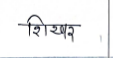
मजकूर: शिखर